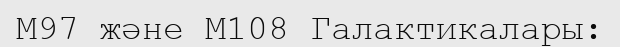
M97 және M108 Галактикалары: